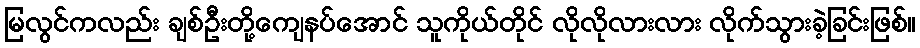
မြလွင်ကလည်း ချစ်ဦးတို့ကျေနပ်အောင် သူကိုယ်တိုင် လိုလိုလားလား လိုက်သွားခဲ့ခြင်းဖြစ်။